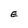
Character: E